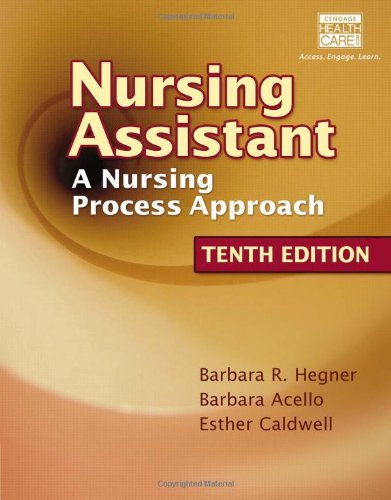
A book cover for Nursing Assistant: A Nursing Process Approach; Barbara Hegner; Medical Books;